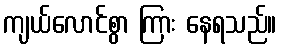
ကျယ်လောင်စွာ ကြား နေရသည်။